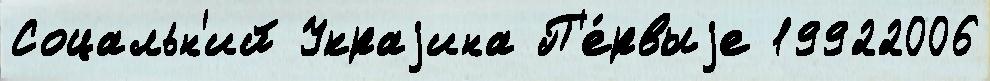
Соцальн'ий Украjина П'е́рвыjе 19922006